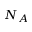
N _ { A }